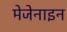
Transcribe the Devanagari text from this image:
मेजेनाइन